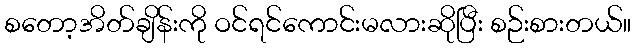
စတော့အိတ်ချိန်းကို ဝင်ရင်ကောင်းမလားဆိုပြီး စဉ်းစားတယ်။